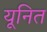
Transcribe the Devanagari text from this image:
यूनित